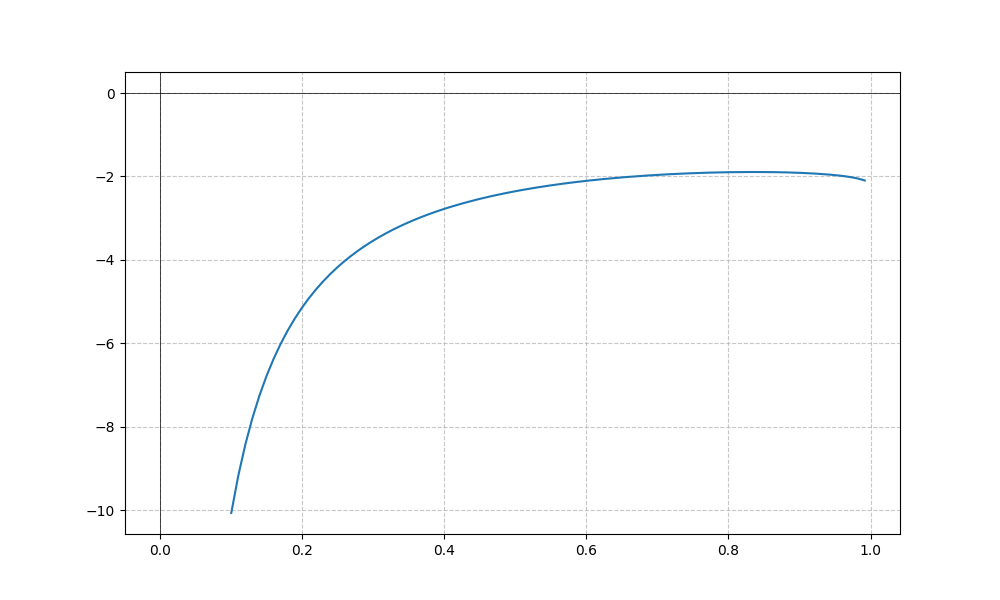
LaTeX formula: - \cot{\left(x \right)} - \operatorname{asin}{\left(x \right)}